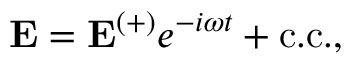
\mathbf { E } = \mathbf { E ^ { ( + ) } } e ^ { - i \omega t } + \mathrm { c . c . } ,